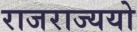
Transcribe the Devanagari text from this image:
राजराज्ययो